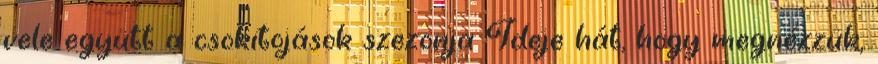
vele együtt a csokitojások szezonja Ideje hát, hogy megnézzük,